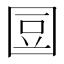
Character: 𡇧